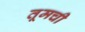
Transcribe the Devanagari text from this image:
तूमची